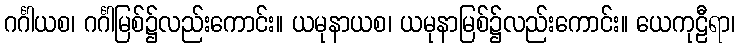
ဂင်္ဂါယစ၊ ဂင်္ဂါမြစ်၌လည်းကောင်း။ ယမုနာယစ၊ ယမုနာမြစ်၌လည်းကောင်း။ ယေကုဠီရာ၊